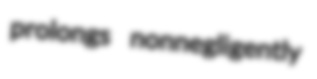
prolongs nonnegligently